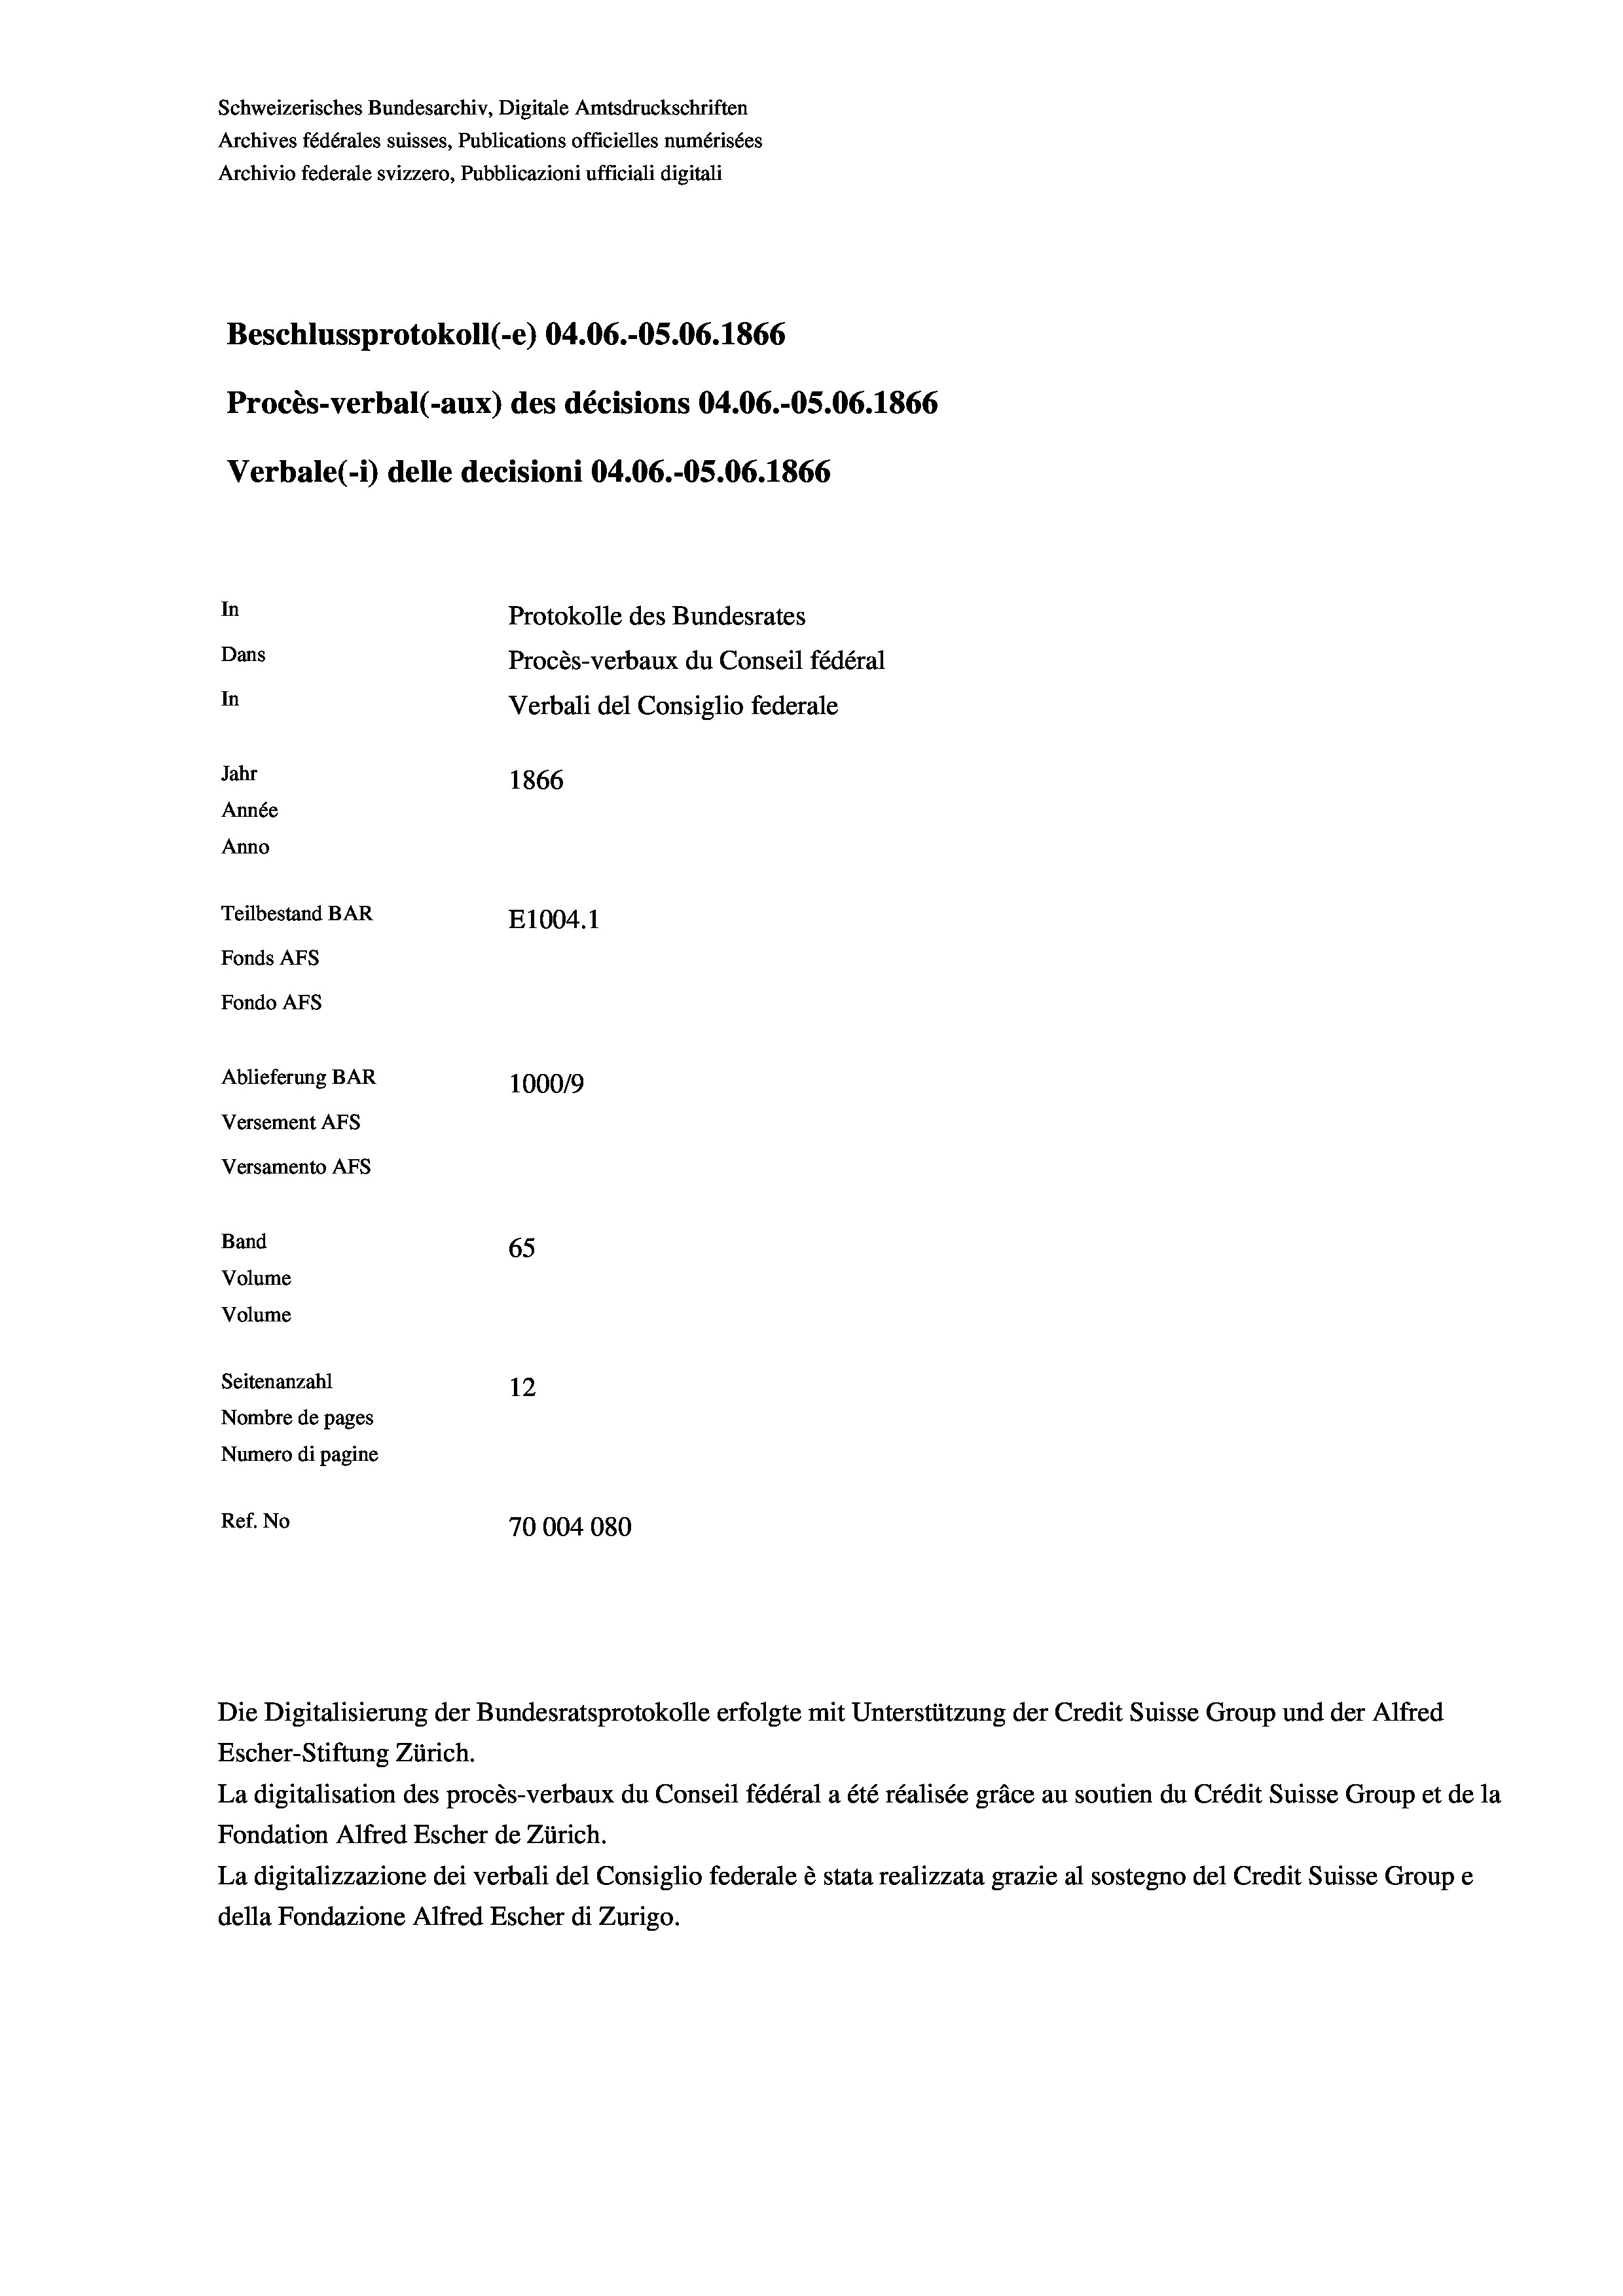
In
Protokolle des Bundesrates
Dans
Procès-verbaux du Conseil fédéral
In
Verbali del Consiglio federale
Jahr
1866
Année
Anno
Teilbestand BAR
E1004.1
Fonds AFs
Fondo Afs

Schweizerisches Bundesarchiv, Digitale Amtsdruckschriften
Archives fédérales suisses, Publications officielles numérisées
Archivio federale svizzero, Pubblicazioni ufficiali digitali

Beschlussprotokoll (-e) 04.06.-OS.06. 1866
Procès-verbal (-aux) des décisions 04.06.-OS.06. 1866
Verbale (- 1) delle decisioni 04.06.-OS.06. 1866

Ablieferung BAR
Versement Ans
Versamento Afs
Band
Volume
Volume
Seitenanzahl

100019
65
12
Nombre de pages
Numero di pagine
Ref. No
70004080

Escher-Stiftung Zürich.
La digitalisation des procès-verbaux du Conseil fédéral a été réalisée gräce au soutien du Crédit Suisse Group et de la
Fondation Alfred Escher de Zürich.
La digitalizzazione dei verbali del Consiglio federale è stata realizzata grazie al sostegno del Credit Suisse Groupe
della Fondazione Alfred Escher di Zurigo.

Die Digitalisierung der Bundesratsprotokolle erfolgte mit Unterstützung der Credit Suisse Group und der Alfred